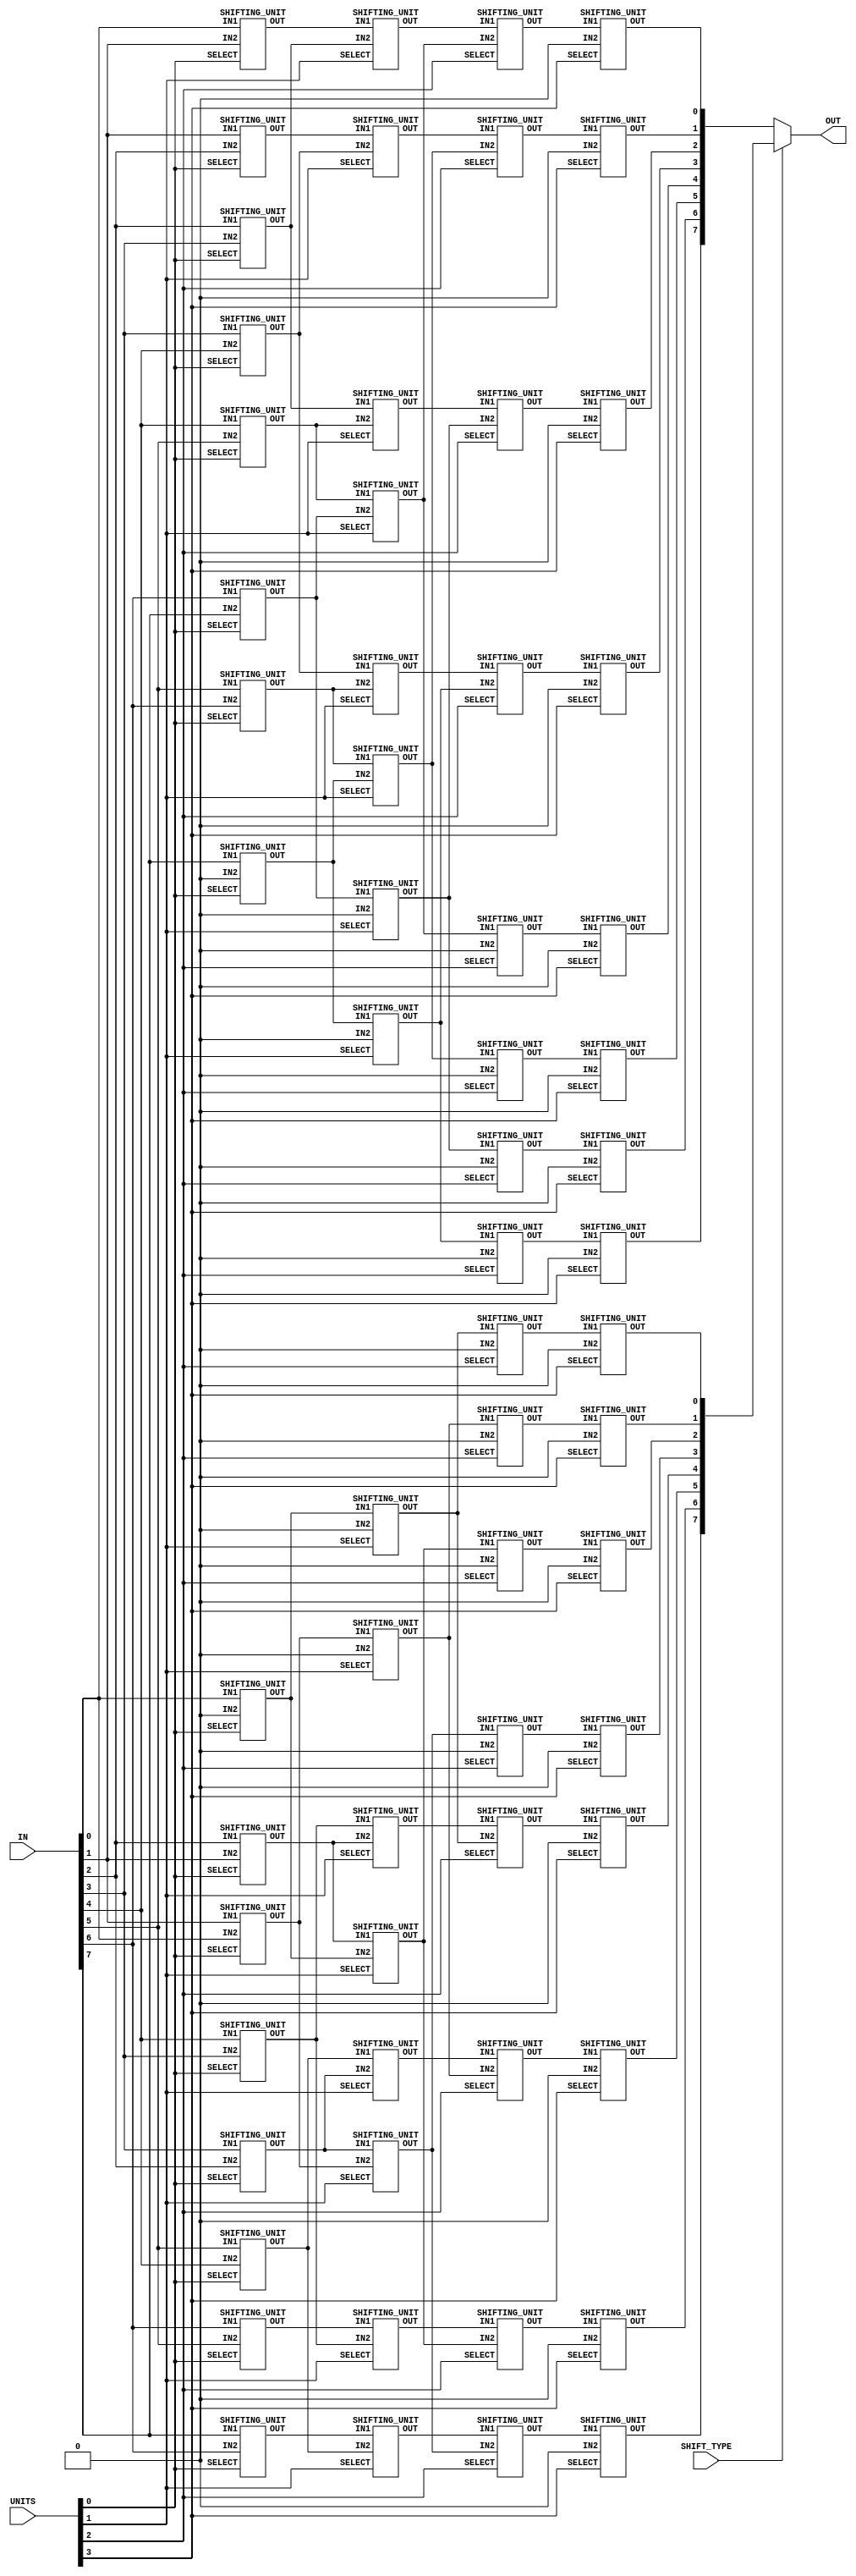
/*Group 19 - Part 05*/

/*=============================
    SHIFTER MODULE
===============================*/

module Shifter (IN,OUT,UNITS,SHIFT_TYPE);
    input [7:0] IN;
    output reg signed[7:0] OUT;
    input[7:0] UNITS;
    reg S0,S1,S2,S3;
    input SHIFT_TYPE ;
    reg[3:0] UNIT ;
    reg signed[7:0]LEFT ,RIGHT;

    /*Get the [3:0] bits*/
    always @(UNITS) begin
        UNIT = UNITS[3:0] ;
    end

    /*No of shifting units is given by UNITS
    The amount of shift is controlled by the binary number S3S2S1S0*/
    
    always @(UNIT) begin
        S0 = UNIT[0] ;
        S1 = UNIT[1] ;
        S2 = UNIT[2] ;
        S3 = UNIT[3] ;
    end

    /*Wires to get the OUTPUT from the SHIFTING_UNITs*/
    wire A1,A2,A3,A4,A5,A6,A7,A8;
    wire B1,B2,B3,B4,B5,B6,B7,B8;
    wire C1,C2,C3,C4,C5,C6,C7,C8;
    wire D1,D2,D3,D4,D5,D6,D7,D8;

    wire U1,U2,U3,U4,U5,U6,U7,U8;
    wire V1,V2,V3,V4,V5,V6,V7,V8;
    wire X1,X2,X3,X4,X5,X6,X7,X8;
    wire Y1,Y2,Y3,Y4,Y5,Y6,Y7,Y8;

    /*----------------------------------LEFT SHIFTING------------------------------------*/
    /*S0*/
    SHIFTING_UNIT L01(IN[0],1'b0,A1,S0) ;
    SHIFTING_UNIT L02(IN[1],IN[0],A2,S0) ;
    SHIFTING_UNIT L03(IN[2],IN[1],A3,S0) ;
    SHIFTING_UNIT L04(IN[3],IN[2],A4,S0) ;
    SHIFTING_UNIT L05(IN[4],IN[3],A5,S0) ;
    SHIFTING_UNIT L06(IN[5],IN[4],A6,S0) ;
    SHIFTING_UNIT L07(IN[6],IN[5],A7,S0) ;
    SHIFTING_UNIT L08(IN[7],IN[6],A8,S0) ;


    /*S1*/
    SHIFTING_UNIT L11(A1,1'b0,B1,S1) ;
    SHIFTING_UNIT L12(A2,1'b0,B2,S1) ;
    SHIFTING_UNIT L13(A3,A1,B3,S1) ;
    SHIFTING_UNIT L14(A4,A2,B4,S1) ;
    SHIFTING_UNIT L15(A5,A3,B5,S1) ;
    SHIFTING_UNIT L16(A6,A4,B6,S1) ;
    SHIFTING_UNIT L17(A7,A5,B7,S1) ;
    SHIFTING_UNIT L18(A8,A6,B8,S1) ;

    /*S2*/
    SHIFTING_UNIT L21(B1,1'b0,C1,S2) ;
    SHIFTING_UNIT L22(B2,1'b0,C2,S2) ;
    SHIFTING_UNIT L23(B3,1'b0,C3,S2) ;
    SHIFTING_UNIT L24(B4,1'b0,C4,S2) ;
    SHIFTING_UNIT L25(B5,B1,C5,S2) ;
    SHIFTING_UNIT L26(B6,B2,C6,S2) ;
    SHIFTING_UNIT L27(B7,B3,C7,S2) ;
    SHIFTING_UNIT L28(B8,B4,C8,S2) ;

    /*S3*/
    SHIFTING_UNIT L31(C1,1'b0,D1,S3) ;
    SHIFTING_UNIT L32(C2,1'b0,D2,S3) ;
    SHIFTING_UNIT L33(C3,1'b0,D3,S3) ;
    SHIFTING_UNIT L34(C4,1'b0,D4,S3) ;
    SHIFTING_UNIT L35(C5,1'b0,D5,S3) ;
    SHIFTING_UNIT L36(C6,1'b0,D6,S3) ;
    SHIFTING_UNIT L37(C7,1'b0,D7,S3) ;
    SHIFTING_UNIT L38(C8,1'b0,D8,S3) ;

    /*----------------------------------RIGHT SHIFTING------------------------------------*/
    
    /*S0*/
    SHIFTING_UNIT R01(IN[0],IN[1],U1,S0) ;
    SHIFTING_UNIT R02(IN[1],IN[2],U2,S0) ;
    SHIFTING_UNIT R03(IN[2],IN[3],U3,S0) ;
    SHIFTING_UNIT R04(IN[3],IN[4],U4,S0) ;
    SHIFTING_UNIT R05(IN[4],IN[5],U5,S0) ;
    SHIFTING_UNIT R06(IN[5],IN[6],U6,S0) ;
    SHIFTING_UNIT R07(IN[6],IN[7],U7,S0) ;
    SHIFTING_UNIT R08(IN[7],1'b0,U8,S0) ;

    /*S1*/
    SHIFTING_UNIT R11(U1,U3,V1,S1) ;
    SHIFTING_UNIT R12(U2,U4,V2,S1) ;
    SHIFTING_UNIT R13(U3,U5,V3,S1) ;
    SHIFTING_UNIT R14(U4,U6,V4,S1) ;
    SHIFTING_UNIT R15(U5,U7,V5,S1) ;
    SHIFTING_UNIT R16(U6,U8,V6,S1) ;
    SHIFTING_UNIT R17(U7,1'b0,V7,S1) ;
    SHIFTING_UNIT R18(U8,1'b0,V8,S1) ;

    /*S2*/
    SHIFTING_UNIT R21(V1,V5,X1,S2) ;
    SHIFTING_UNIT R22(V2,V6,X2,S2) ;
    SHIFTING_UNIT R23(V3,V7,X3,S2) ;
    SHIFTING_UNIT R24(V4,V8,X4,S2) ;
    SHIFTING_UNIT R25(V5,1'b0,X5,S2) ;
    SHIFTING_UNIT R26(V6,1'b0,X6,S2) ;
    SHIFTING_UNIT R27(V7,1'b0,X7,S2) ;
    SHIFTING_UNIT R28(V8,1'b0,X8,S2) ;

    /*S3*/
    SHIFTING_UNIT R31(X1,1'b0,Y1,S3) ;
    SHIFTING_UNIT R32(X2,1'b0,Y2,S3) ;
    SHIFTING_UNIT R33(X3,1'b0,Y3,S3) ;
    SHIFTING_UNIT R34(X4,1'b0,Y4,S3) ;
    SHIFTING_UNIT R35(X5,1'b0,Y5,S3) ;
    SHIFTING_UNIT R36(X6,1'b0,Y6,S3) ;
    SHIFTING_UNIT R37(X7,1'b0,Y7,S3) ;
    SHIFTING_UNIT R38(X8,1'b0,Y8,S3) ;
 

    
    always @(D1,D2,D3,D4,D5,D6,D7,D8) begin
        /**/
        LEFT = {D8,D7,D6,D5,D4,D3,D2,D1} ;
    end
    
    always @(Y1,Y2,Y3,Y4,Y5,Y6,Y7,Y8) begin
        /**/
        RIGHT = {Y8,Y7,Y6,Y5,Y4,Y3,Y2,Y1};
    end

    always @(LEFT,RIGHT,SHIFT_TYPE) begin
        /*If the SHIFT_TYPE is high then it will select LEFT 
        otherwise RIGHT*/

        if(SHIFT_TYPE) begin
            #1 OUT = LEFT ;
        end
        else begin
            #1 OUT = RIGHT ;
        end
    end
endmodule

/*=============================
    SHIFTING UNIT MODULE
===============================*/

module SHIFTING_UNIT (IN1,IN2,OUT,SELECT);
    input IN1;
    input IN2;
    input SELECT;
    output OUT;

    wire OUT1;
    wire OUT2;

    and and1(OUT1,~SELECT,IN1) ;
    and and2(OUT2,SELECT,IN2);

    or OR1(OUT,OUT1,OUT2);
endmodule